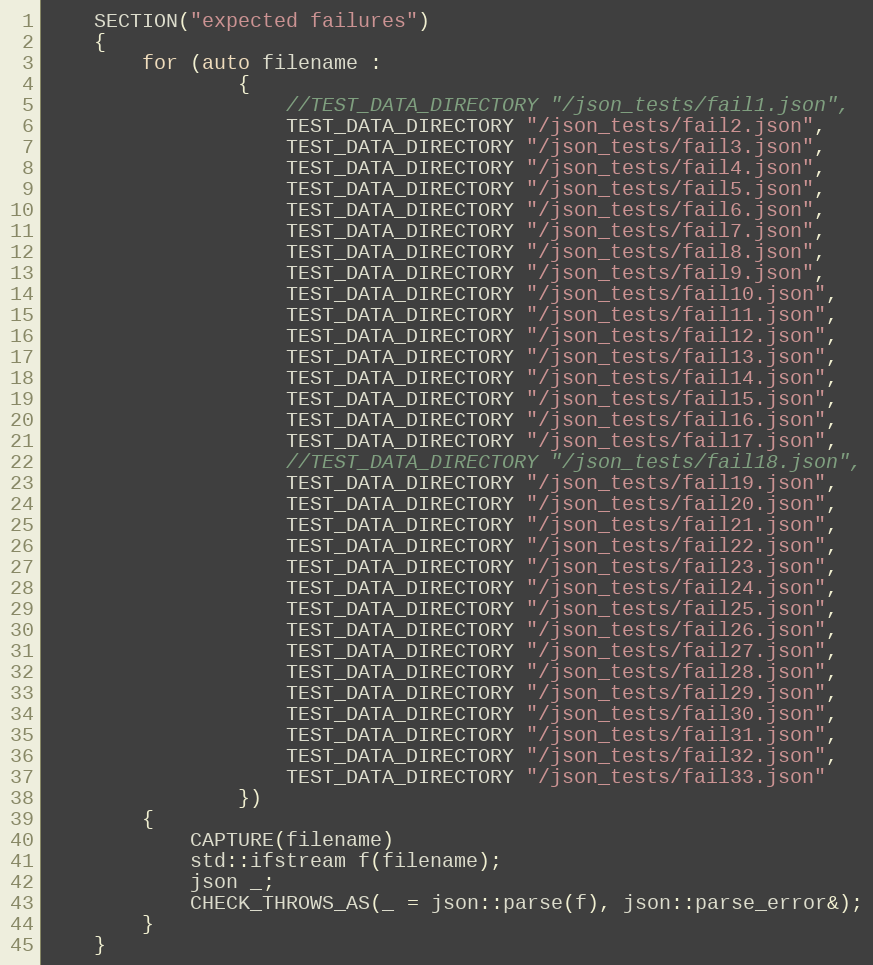
Language: C++
    SECTION("expected failures")
    {
        for (auto filename :
                {
                    //TEST_DATA_DIRECTORY "/json_tests/fail1.json",
                    TEST_DATA_DIRECTORY "/json_tests/fail2.json",
                    TEST_DATA_DIRECTORY "/json_tests/fail3.json",
                    TEST_DATA_DIRECTORY "/json_tests/fail4.json",
                    TEST_DATA_DIRECTORY "/json_tests/fail5.json",
                    TEST_DATA_DIRECTORY "/json_tests/fail6.json",
                    TEST_DATA_DIRECTORY "/json_tests/fail7.json",
                    TEST_DATA_DIRECTORY "/json_tests/fail8.json",
                    TEST_DATA_DIRECTORY "/json_tests/fail9.json",
                    TEST_DATA_DIRECTORY "/json_tests/fail10.json",
                    TEST_DATA_DIRECTORY "/json_tests/fail11.json",
                    TEST_DATA_DIRECTORY "/json_tests/fail12.json",
                    TEST_DATA_DIRECTORY "/json_tests/fail13.json",
                    TEST_DATA_DIRECTORY "/json_tests/fail14.json",
                    TEST_DATA_DIRECTORY "/json_tests/fail15.json",
                    TEST_DATA_DIRECTORY "/json_tests/fail16.json",
                    TEST_DATA_DIRECTORY "/json_tests/fail17.json",
                    //TEST_DATA_DIRECTORY "/json_tests/fail18.json",
                    TEST_DATA_DIRECTORY "/json_tests/fail19.json",
                    TEST_DATA_DIRECTORY "/json_tests/fail20.json",
                    TEST_DATA_DIRECTORY "/json_tests/fail21.json",
                    TEST_DATA_DIRECTORY "/json_tests/fail22.json",
                    TEST_DATA_DIRECTORY "/json_tests/fail23.json",
                    TEST_DATA_DIRECTORY "/json_tests/fail24.json",
                    TEST_DATA_DIRECTORY "/json_tests/fail25.json",
                    TEST_DATA_DIRECTORY "/json_tests/fail26.json",
                    TEST_DATA_DIRECTORY "/json_tests/fail27.json",
                    TEST_DATA_DIRECTORY "/json_tests/fail28.json",
                    TEST_DATA_DIRECTORY "/json_tests/fail29.json",
                    TEST_DATA_DIRECTORY "/json_tests/fail30.json",
                    TEST_DATA_DIRECTORY "/json_tests/fail31.json",
                    TEST_DATA_DIRECTORY "/json_tests/fail32.json",
                    TEST_DATA_DIRECTORY "/json_tests/fail33.json"
                })
        {
            CAPTURE(filename)
            std::ifstream f(filename);
            json _;
            CHECK_THROWS_AS(_ = json::parse(f), json::parse_error&);
        }
    }